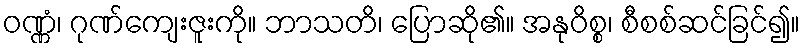
ဝဏ္ဏံ၊ ဂုဏ်ကျေးဇူးကို။ ဘာသတိ၊ ပြောဆို၏။ အနုဝိစ္စ၊ စီစစ်ဆင်ခြင်၍။